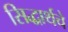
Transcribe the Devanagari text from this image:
सिद्धार्थचे